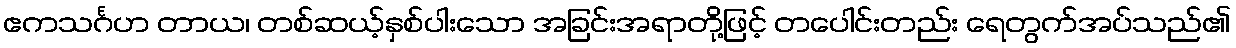
ဧကသင်္ဂဟ တာယ၊ တစ်ဆယ့်နှစ်ပါးသော အခြင်းအရာတို့ဖြင့် တပေါင်းတည်း ရေတွက်အပ်သည်၏